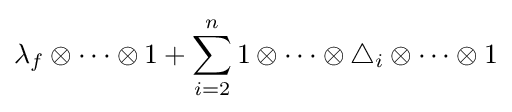
\lambda _{f}\otimes \cdots \otimes 1+\sum _{i=2}^{n}1\otimes \cdots \otimes \triangle _{i}\otimes \cdots \otimes 1